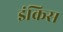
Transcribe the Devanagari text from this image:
इंक्रिस